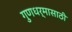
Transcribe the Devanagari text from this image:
गुणधर्मासाठी